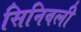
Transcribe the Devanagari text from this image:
सिनिवली